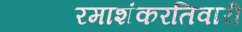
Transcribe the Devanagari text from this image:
रमाशंकरतिवारी